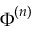
\boldsymbol { \Phi } ^ { ( n ) }